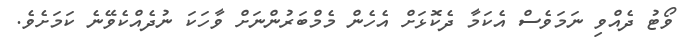
ވޯޓު ދެއްވި ނަމަވެސް އެކަމާ ދެކޮޅަށް އެހެން މެމްބަރުންނަށް ވާހަކަ ނުދެއްކެވޭނެ ކަމަށެވެ.